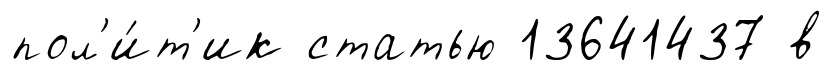
пол'и́т'ик статью 13641437 в